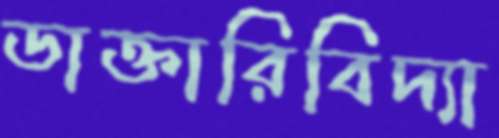
ডাক্তারিবিদ্যা